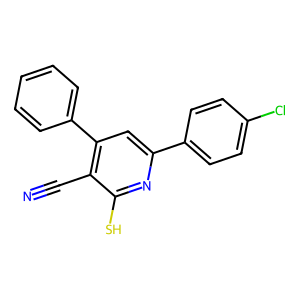
SMILES: N#Cc1c(-c2ccccc2)cc(-c2ccc(Cl)cc2)nc1S
Inhibits HIV replication: No